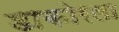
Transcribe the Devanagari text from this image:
डाकोरला